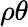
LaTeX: \rho\theta